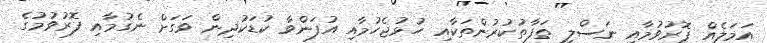
އަމަލެއް ފޮރުވުމާއި ނަސްލީ ތަފާތުކުރުންތަކާއި ހުޅުޖެހުމާއި އުފަންވާ ކުޑަކުދިން ވަގަށް ނެގުމާއި ފޮރުވުމުގެ